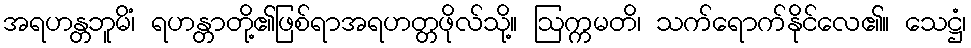
အရဟန္တဘူမိံ၊ ရဟန္တာတို့၏ဖြစ်ရာအရဟတ္တဖိုလ်သို့။ ဩက္ကမတိ၊ သက်ရောက်နိုင်လေ၏။ သေဋ္ဌံ၊